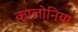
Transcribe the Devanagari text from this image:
कालोनिया